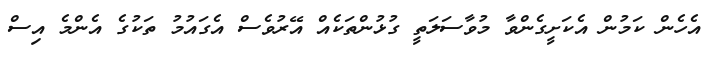
އެހެން ކަމުން އެކަށީގެންވާ މުވާސަލަތީ ގުޅުންތަކެއް އޭރުވެސް އެގައުމު ތަކުގެ އެންމެ އިސް